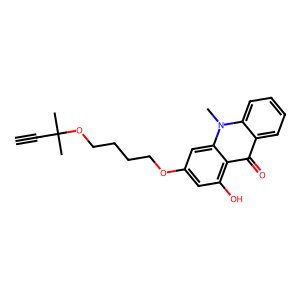
SMILES: C#CC(C)(C)OCCCCOc1cc(O)c2c(=O)c3ccccc3n(C)c2c1
Inhibits HIV replication: No